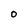
Character: O